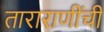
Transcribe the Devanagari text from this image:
ताराराणींची